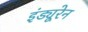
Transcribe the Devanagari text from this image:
इंड्यूरेन